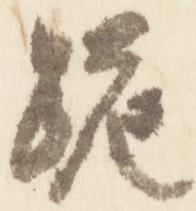
跪